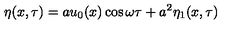
\eta ( x , \tau ) = a u _ { 0 } ( x ) \cos \omega \tau + a ^ { 2 } \eta _ { 1 } ( x , \tau )